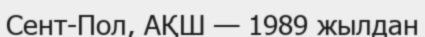
Сент-Пол, АҚШ — 1989 жылдан